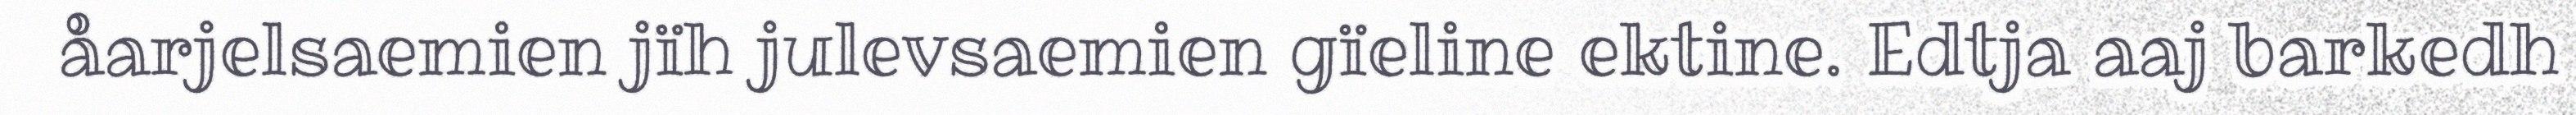
åarjelsaemien jïh julevsaemien gïeline ektine. Edtja aaj barkedh